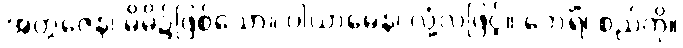
အတ္တဇေန၊ မိမိ၌ဖြစ်သော။ ဝါယာမေန၊ လုံ့လဖြင့်။ ဘေရိံ၊ စည်ကို။